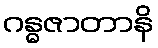
ဂန္ဓဇာတာနိ